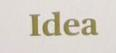
Idea